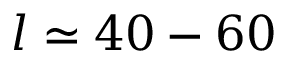
l \simeq 4 0 - 6 0